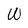
Character: W